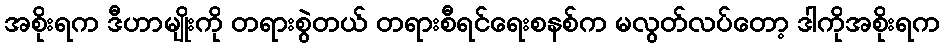
အစိုးရက ဒီဟာမျိုးကို တရားစွဲတယ် တရားစီရင်ရေးစနစ်က မလွတ်လပ်တော့ ဒါကိုအစိုးရက